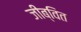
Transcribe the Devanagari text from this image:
जीब्वित